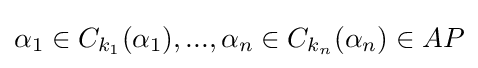
\alpha _{1}\in C_{k_{1}}(\alpha _{1}),...,\alpha _{n}\in C_{k_{n}}(\alpha _{n})\in AP